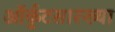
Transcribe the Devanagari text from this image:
ऑर्कुटसारख्या